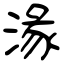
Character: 湪